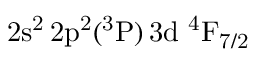
\mathrm { 2 s ^ { 2 } \, 2 p ^ { 2 } ( ^ { 3 } P ) \, 3 d ~ ^ { 4 } F _ { 7 / 2 } }